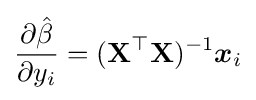
{\frac {\partial {\hat {\beta }}}{\partial y_{i}}}=(\mathbf {X} ^{\top }\mathbf {X} )^{-1}{\boldsymbol {x}}_{i}